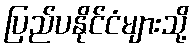
ပြည်ပနိုင်ငံများသို့